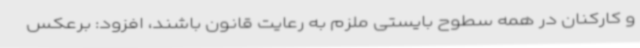
و کارکنان در همه سطوح بایستی ملزم به رعایت قانون باشند، افزود: برعکس